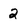
Character: 2